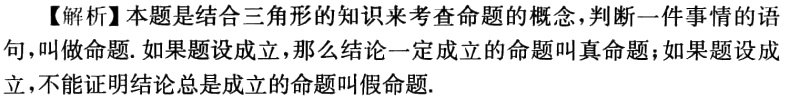
【解析】本题是结合三角形的知识来考查命题的概念，判断一件事情的语句，叫做命题.如果题设成立，那么结论一定成立的命题叫真命题；如果题设成立，不能证明结论总是成立的命题叫假命题.